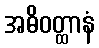
အဓိဝတ္ထာနံ